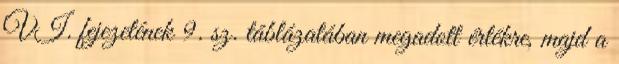
VI. fejezetének 9. sz. táblázatában megadott értékre, majd a